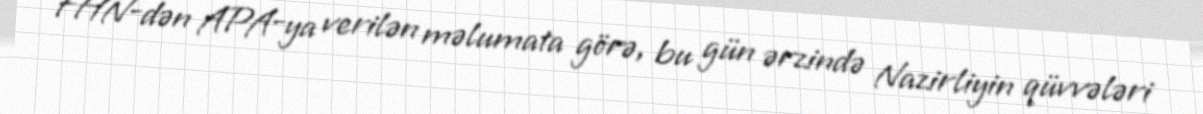
FHN-dən APA-ya verilən məlumata görə, bu gün ərzində Nazirliyin qüvvələri